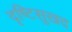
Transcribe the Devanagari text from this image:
दृष्टिसुखद